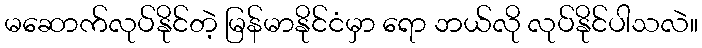
မဆောက်လုပ်နိုင်တဲ့ မြန်မာနိုင်ငံမှာ ရော ဘယ်လို လုပ်နိုင်ပါသလဲ။